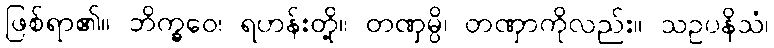
ဖြစ်ရာ၏။ ဘိက္ခဝေ၊ ရဟန်းတို့။ တဏှမ္ပိ၊ တဏှာကိုလည်း။ သဥပနိသံ၊